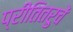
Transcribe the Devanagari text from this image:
प्रीतितरुचें